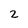
Character: 2